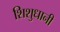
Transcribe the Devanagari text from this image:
शिशुधानी